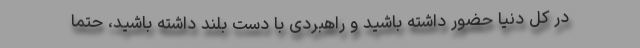
در کل دنیا حضور داشته باشید و راهبردی با دست بلند داشته باشید، حتما